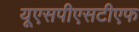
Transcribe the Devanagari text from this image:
यूएसपीएसटीएफ